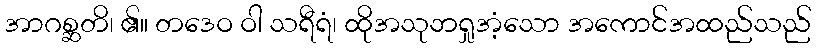
အာဂစ္ဆတိ၊ ၏။ တဒေဝ ဝါ သရီရံ၊ ထိုအသုဘရှုအံ့သော အကောင်အထည်သည်